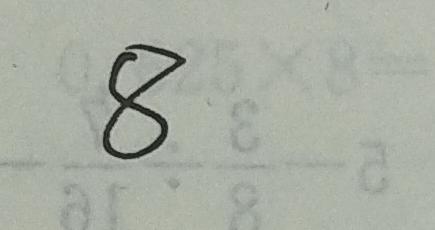
8